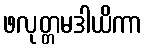
ဖလုတ္တမဒါယိကာ